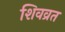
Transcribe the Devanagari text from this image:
शिवव्रत